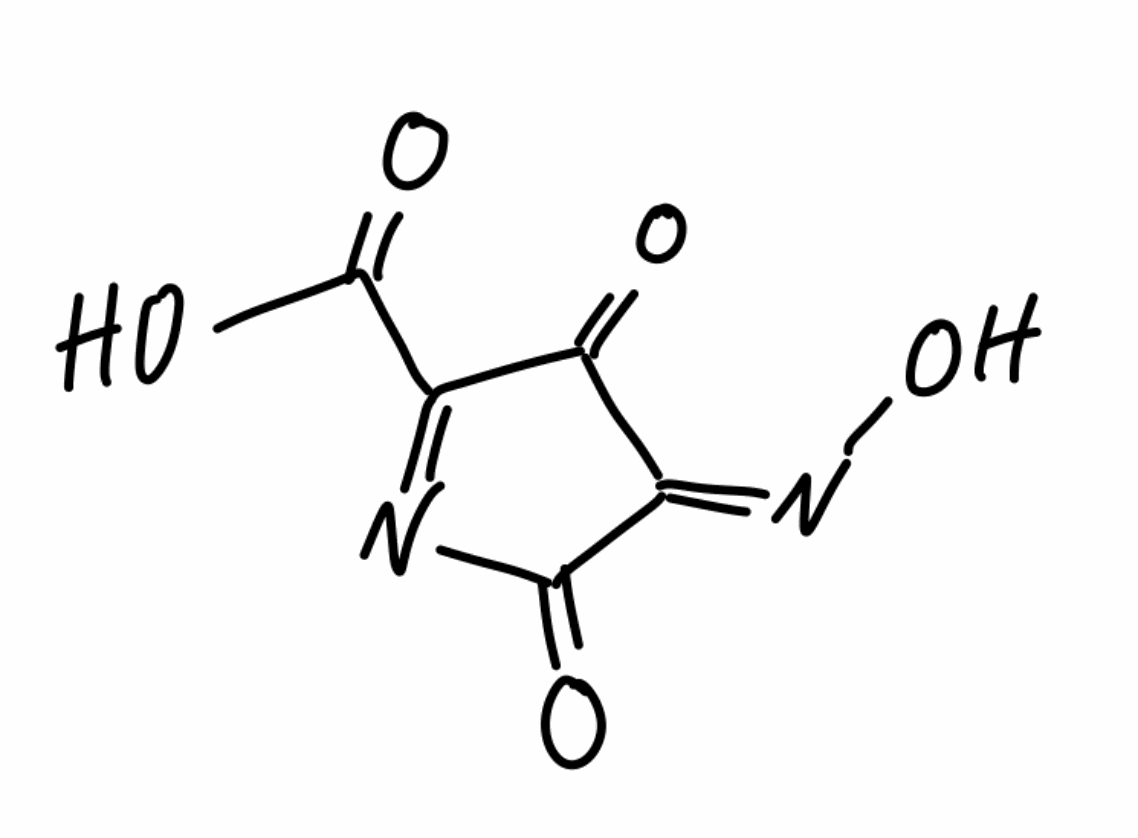
Simplified molecular-input line-entry system (SMILES) notation of the given molecule:
C/1(=N\O)\C(=O)C(=NC1=O)C(=O)O